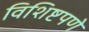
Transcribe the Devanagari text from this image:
विशिष्टपणे